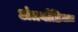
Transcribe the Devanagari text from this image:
अंतर्वाहिका